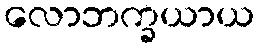
လောဘက္ခယာယ